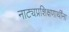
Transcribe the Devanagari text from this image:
नाट्यप्रशिक्षणार्थींना